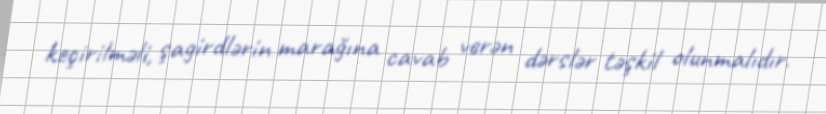
keçirilməli, şagirdlərin marağına cavab verən dərslər təşkil olunmalıdır.